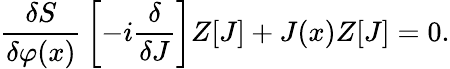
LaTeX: {\frac{\delta S}{\delta\varphi(x)}}\left[-i{\frac{\delta}{\delta J}}\right]Z[J]+J(x)Z[J]=0.